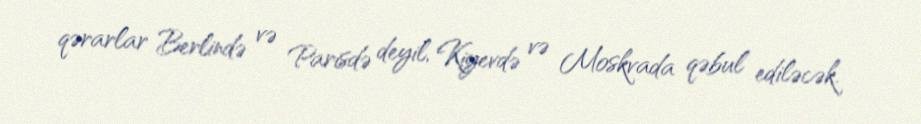
qərarlar Berlində və Parisdə deyil, Kiyevdə və Moskvada qəbul ediləcək.